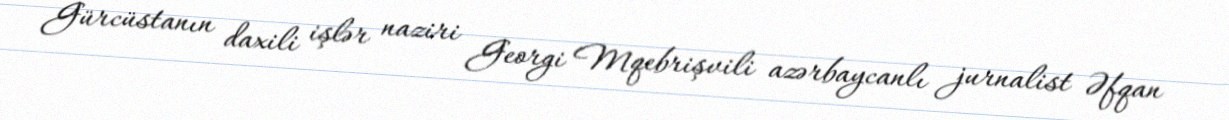
Gürcüstanın daxili işlər naziri Georgi Mqebrişvili azərbaycanlı jurnalist Əfqan